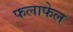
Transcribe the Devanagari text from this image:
फलाफेल